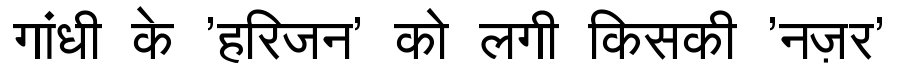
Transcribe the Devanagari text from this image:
गांधी के 'हरिजन' को लगी किसकी 'नज़र'